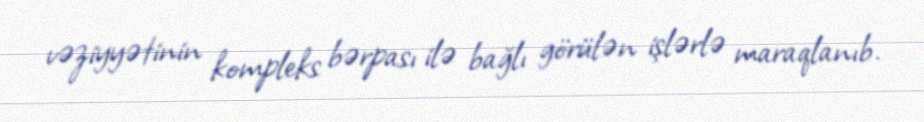
vəziyyətinin kompleks bərpası ilə bağlı görülən işlərlə maraqlanıb.